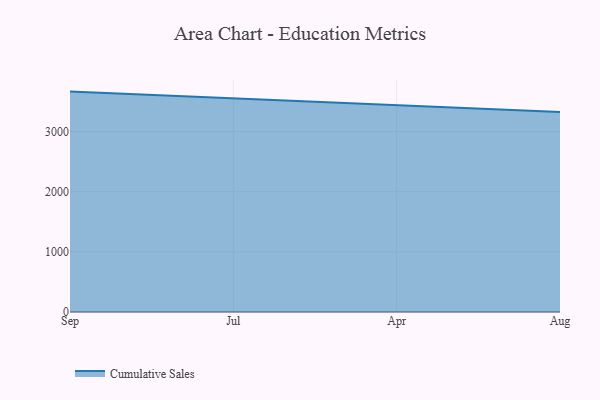
{"axis": {"x": "Month", "y": "Headcount"}, "legend": ["Cumulative Sales"], "data": [{"x": "Sep", "y": 3664.2, "type": "Cumulative Sales"}, {"x": "Jul", "y": 3549.5, "type": "Cumulative Sales"}, {"x": "Apr", "y": 3446.0, "type": "Cumulative Sales"}, {"x": "Aug", "y": 3327.0, "type": "Cumulative Sales"}]}